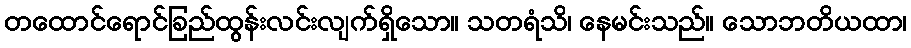
တထောင်ရောင်ခြည်ထွန်းလင်းလျက်ရှိသော။ သတရံသိ၊ နေမင်းသည်။ သောဘတိယထာ၊